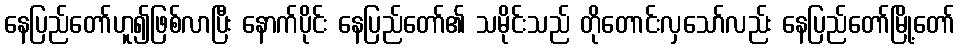
နေပြည်တော်ဟူ၍ဖြစ်လာပြီး နောက်ပိုင်း နေပြည်တော်၏ သမိုင်းသည် တိုတောင်းလှသော်လည်း နေပြည်တော်မြို့တော်